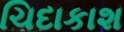
ચિદાકાશ